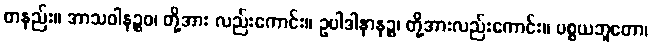
တနည်း။ အာသဝါနဉ္စဝ၊ တို့အား လည်းကောင်း။ ဥပါဒါနာနဉ္စ၊ တို့အားလည်းကောင်း။ ပစ္စယဘူတော၊